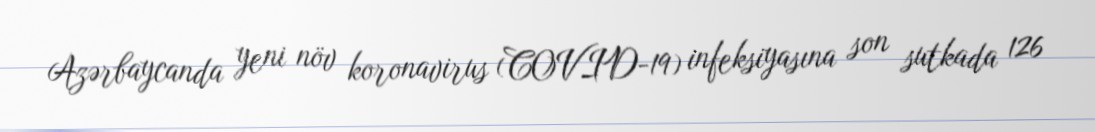
Azərbaycanda yeni növ koronavirus (COVID-19) infeksiyasına son sutkada 126